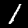
Digit: 1